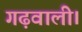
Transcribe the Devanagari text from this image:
गढ़वाली।